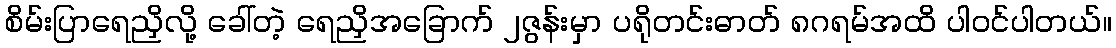
စိမ်းပြာရေညှိလို့ ခေါ်တဲ့ ရေညှိအခြောက် ၂ဇွန်းမှာ ပရိုတင်းဓာတ် ၈ဂရမ်အထိ ပါဝင်ပါတယ်။